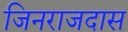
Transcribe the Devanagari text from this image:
जिनराजदास